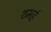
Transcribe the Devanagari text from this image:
शमर्ह